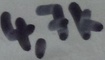
Text: 4,7k